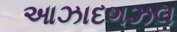
આઝાદગઝલ